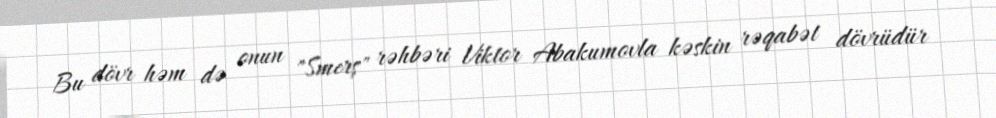
Bu dövr həm də onun "Smerş" rəhbəri Viktor Abakumovla kəskin rəqabət dövrüdür